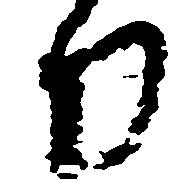
刀